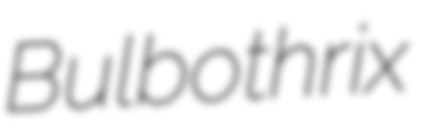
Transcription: Bulbothrix